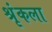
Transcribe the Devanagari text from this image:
श्रृंकला